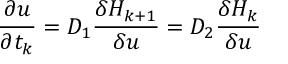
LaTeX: { \frac { \partial u } { \partial t _ { k } } } = { \cal D } _ { 1 } { \frac { \delta H _ { k + 1 } } { \delta u } } = { \cal D } _ { 2 } { \frac { \delta H _ { k } } { \delta u } }